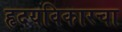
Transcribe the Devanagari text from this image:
हृदयविकारचा